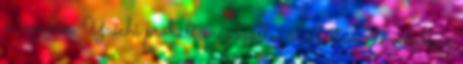
is ismerik. Yuichi próbált még kiállni mellettem, de valahogy